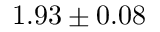
1 . 9 3 \pm 0 . 0 8